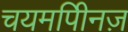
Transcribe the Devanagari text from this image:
चयमपीिनज़